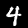
Label: 4